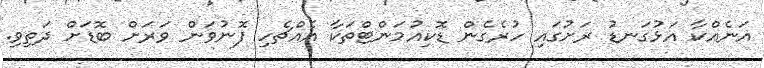
އަނެއްކާ އަޅުގަނޑު ރަށުގައި ހުރެގެން ޑޮކިއުމަންޓްތަކާ އެއްޗެހި ފޮނުވަން ވަރަށް ބޮޑަށް ދަތިވި.